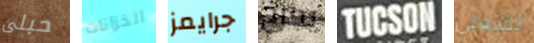
حبلى الخزانات جرايمز يجرح TUCSON تشغلي